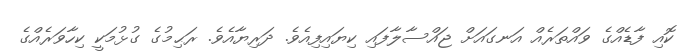
ކޮއި ފާޑެއްގެ ވައްތަރެއް އަނގައަށް ޖައްސާލާފައި ކިޔައިފިއެވެ. ދަރިޔާއެވެ. ރަޙިމުގެ ގުޅުމަކީ ކިހާވަރެއްގެ